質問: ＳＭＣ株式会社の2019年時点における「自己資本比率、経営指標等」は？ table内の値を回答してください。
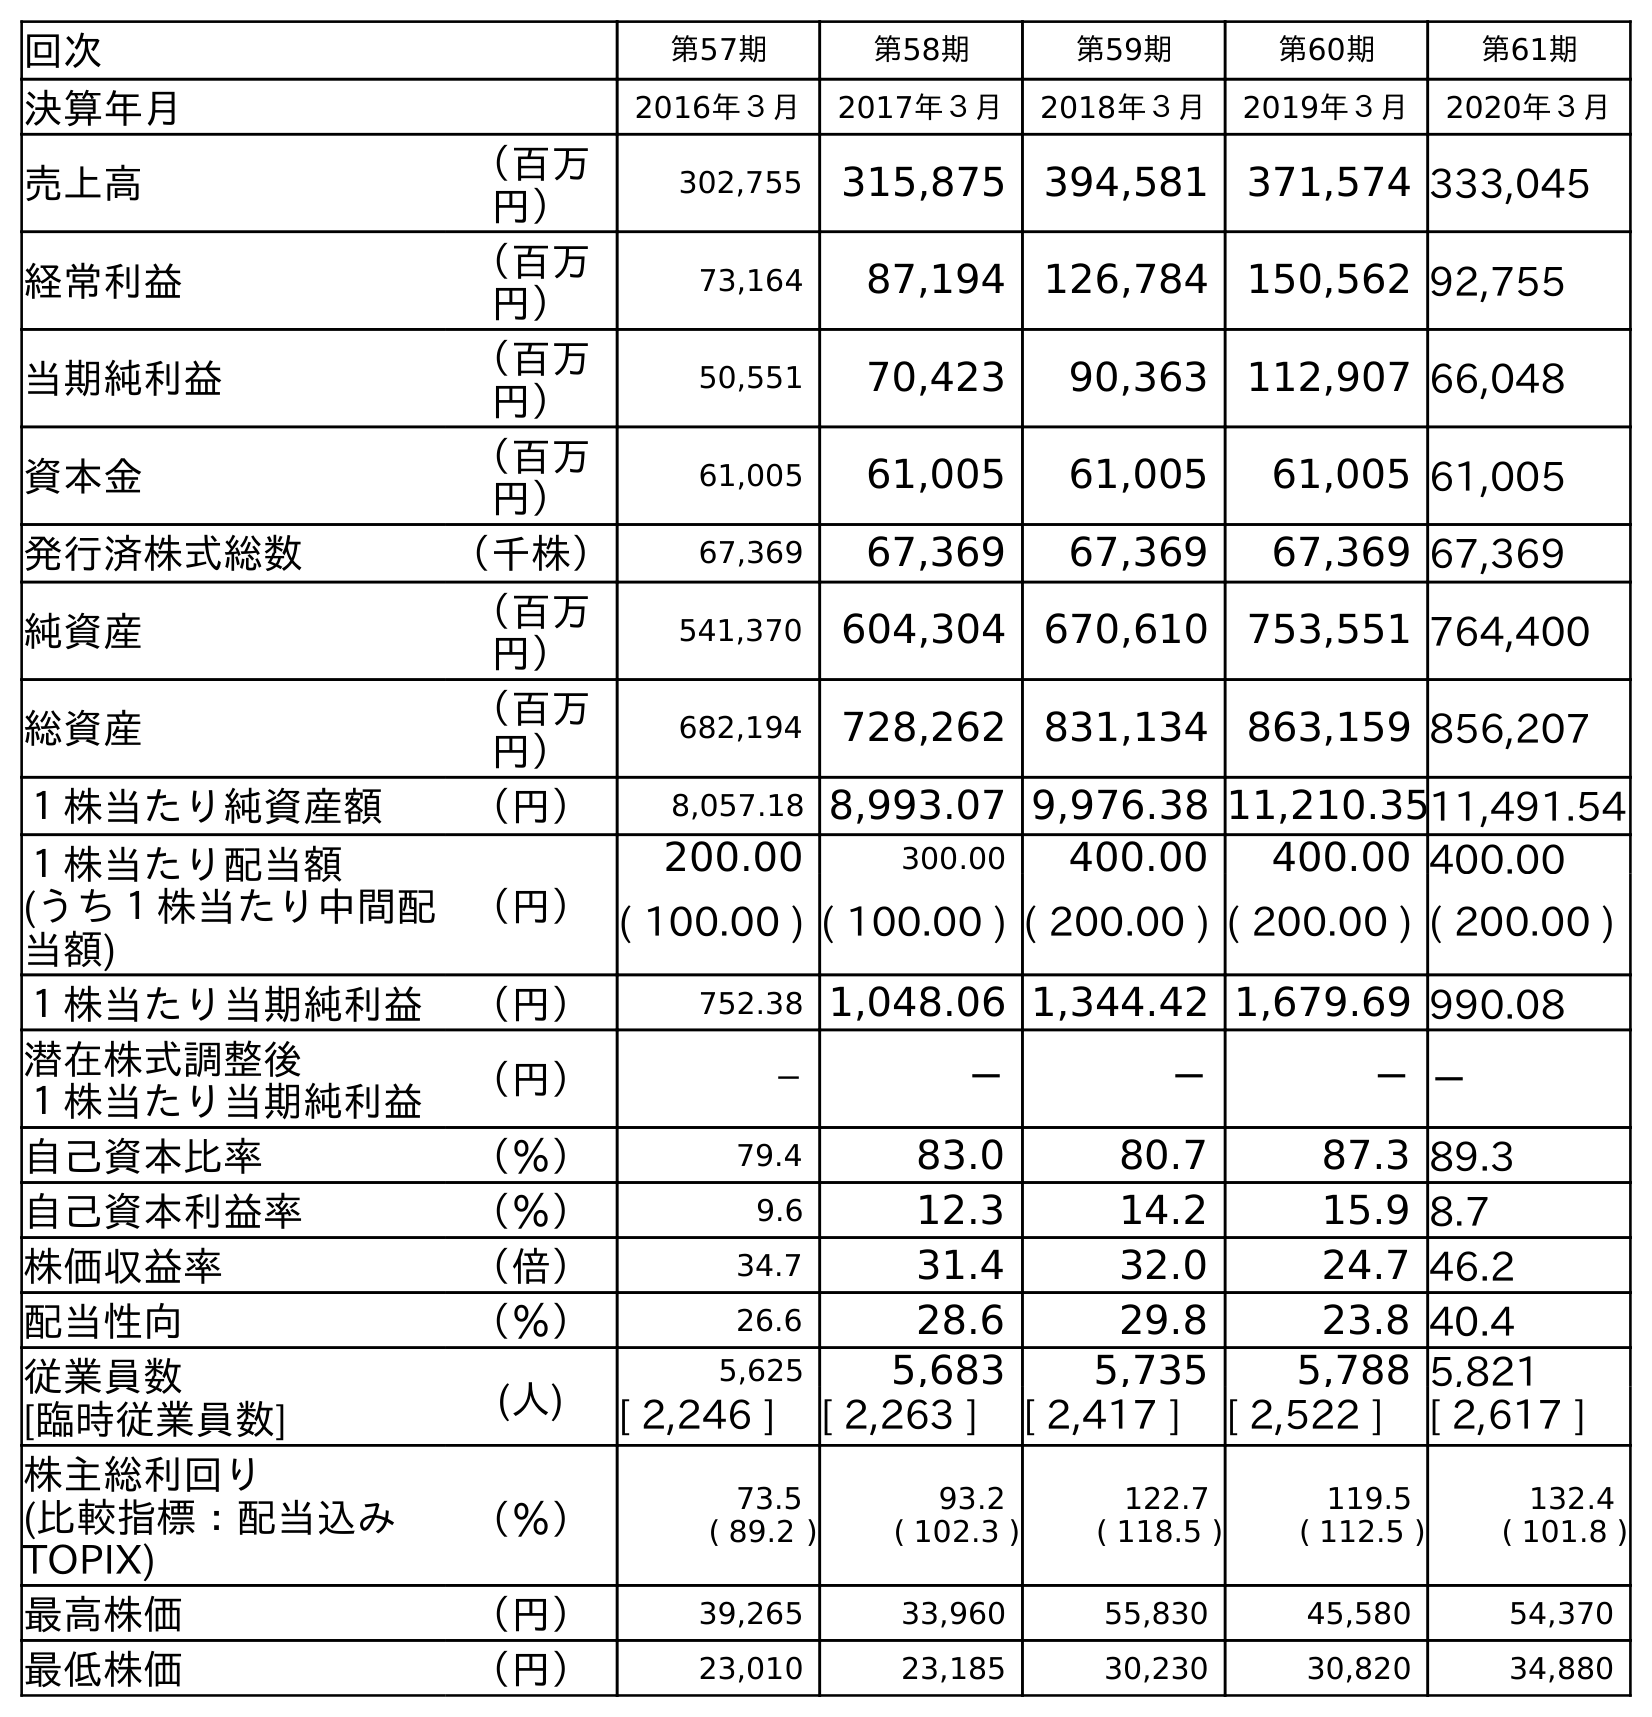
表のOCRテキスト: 回次 第57期 第58期 第59期 第60期 第61期 決算年月 2016年３月 2017年３月 2018年３月 2019年３月 2020年３月 売上高 （百万 円） 302,755 315,875 394,581 371,574 333,045 経常利益 （百万 円） 73,164 87,194 126,784 150,562 92,755 当期純利益 （百万 円） 50,551 70,423 90,363 112,907 66,048 資本金 （百万 円） 61,005 61,005 61,005 61,005 61,005 発行済株式総数 （千株） 67,369 67,369 67,369 67,369 67,369 純資産 （百万 円） 541,370 604,304 670,610 753,551 764,400 総資産 （百万 円） 682,194 728,262 831,134 863,159 856,207 １株当たり純資産額 （円） 8,057.18 8,993.07 9,976.38 11,210.3511,491.54 １株当たり配当額 (うち１株当たり中間配 当額) （円） 200.00 300.00 400.00 400.00 400.00 ( 100.00 ) ( 100.00 ) ( 200.00 ) ( 200.00 ) ( 200.00 ) １株当たり当期純利益 （円） 752.38 1,048.06 1,344.42 1,679.69 990.08 潜在株式調整後 １株当たり当期純利益 （円） － － － －－ 自己資本比率 （％） 79.4 83.0 80.7 87.3 89.3 自己資本利益率 （％） 9.6 12.3 14.2 15.9 8.7 株価収益率 （倍） 34.7 31.4 32.0 24.7 46.2 配当性向 （％） 26.6 28.6 29.8 23.8 40.4 従業員数 [臨時従業員数] (人) 5,625 5,683 5,735 5,788 5,821 [ 2,246 ] [ 2,263 ] [ 2,417 ] [ 2,522 ] [ 2,617 ] 株主総利回り (比較指標：配当込み TOPIX) （％） 73.5 ( 89.2 ) 93.2 ( 102.3 ) 122.7 ( 118.5 ) 119.5 ( 112.5 ) 132.4 ( 101.8 ) 最高株価 （円） 39,265 33,960 55,830 45,580 54,370 最低株価 （円） 23,010 23,185 30,230 30,820 34,880
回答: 87.3